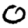
Digit: 0